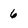
Character: 6